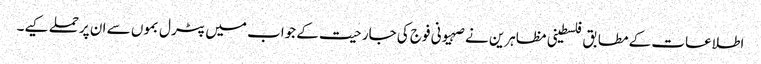
اطلاعات کے مطابق فلسطینی مظاہرین نے صہیونی فوج کی جارحیت کے جواب میں پٹرل بموں سے ان پرحملے کیے۔